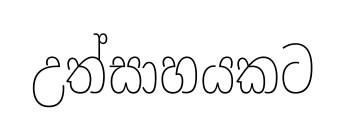
උත්සාහයකට